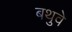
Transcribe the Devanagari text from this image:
बथुवे